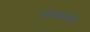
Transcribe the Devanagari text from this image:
पंचशक